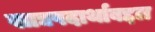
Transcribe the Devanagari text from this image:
खाद्यपदार्थाबद्दल